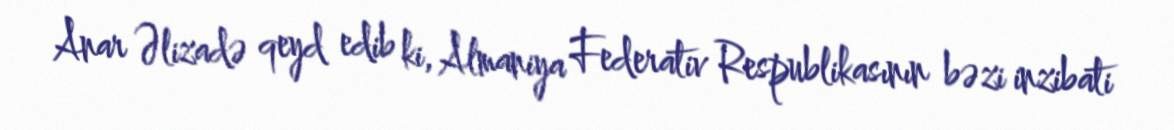
Anar Əlizadə qeyd edib ki, Almaniya Federativ Respublikasının bəzi inzibati